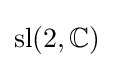
\operatorname {sl} (2,\mathbb {C} )